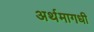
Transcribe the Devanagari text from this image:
अर्थमागधी